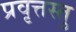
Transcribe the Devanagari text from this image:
प्रवृत्तस्तु